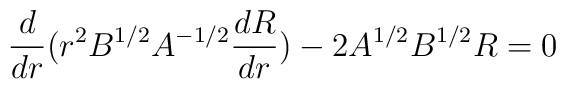
\frac{d}{dr}(r^{2}B^{1/2}A^{-1/2} \frac{dR}{dr})-2A^{1/2}B^{1/2}R=0